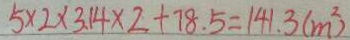
5 \times 2 \times 3 . 1 4 \times 2 + 7 8 . 5 = 1 4 1 . 3 ( m ^ { 2 } )